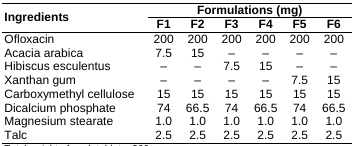
| <ROWSPAN=3> Ingredients | <COLSPAN=6> Formulations (mg) |
 | F1 | F2 | F3 | F4 | F5 | F6 |
 | --- | --- | --- | --- | --- | --- | --- |
 | Ofloxacin | 200 | 200 | 200 | 200 | 200 | 200 |
 | Acacia arabica | 7.5 | 15 | – | – | – | – |
 | Hibiscus esculentus | – | – | 7.5 | 15 | – | – |
 | Xanthan gum | – | – | – | – | 7.5 | 15 |
 | Carboxymethyl cellulose | 15 | 15 | 15 | 15 | 15 | 15 |
 | Dicalcium phosphate | 74 | 66.5 | 74 | 66.5 | 74 | 66.5 |
 | Magnesium stearate | 1.0 | 1.0 | 1.0 | 1.0 | 1.0 | 1.0 |
 | Talc | 2.5 | 2.5 | 2.5 | 2.5 | 2.5 | 2.5 |